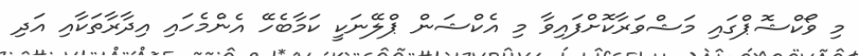
މި ވޯކްޝޮޕްގައި މަޝްވަރާކޮށްފައިވާ މި އެކްޝަން ޕްލޭނަކީ ކަމާބެހޭ އެންމެހައި އިދާރާތަކާއި އަދި